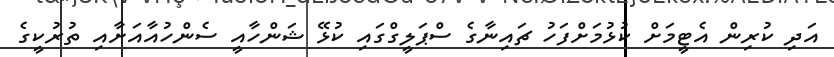
އަދި ކުރިން އެޓީމަށް ކުޅުމަށްފަހު ޗައިނާގެ ސްޕަލީގްގައި ކުޅޭ ޝަންހާއީ ސެންހުއާއަށާއި ތުރުކީގެ